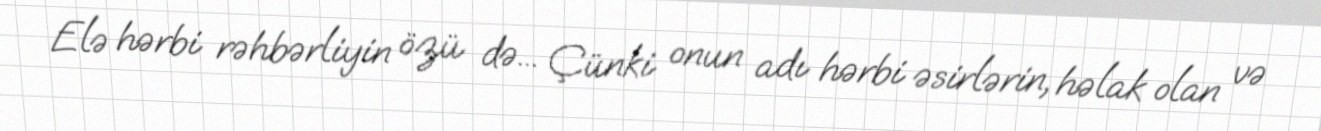
Elə hərbi rəhbərliyin özü də... Çünki onun adı hərbi əsirlərin, həlak olan və